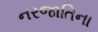
નરજાતિના